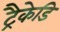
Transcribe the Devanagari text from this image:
ट्रैकेडि